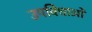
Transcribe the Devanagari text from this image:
उपविधाओं